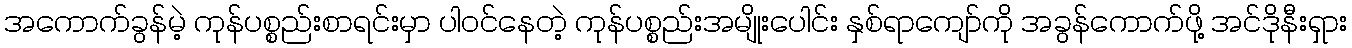
အကောက်ခွန်မဲ့ ကုန်ပစ္စည်းစာရင်းမှာ ပါဝင်နေတဲ့ ကုန်ပစ္စည်းအမျိုးပေါင်း နှစ်ရာကျော်ကို အခွန်ကောက်ဖို့ အင်ဒိုနီးရှား